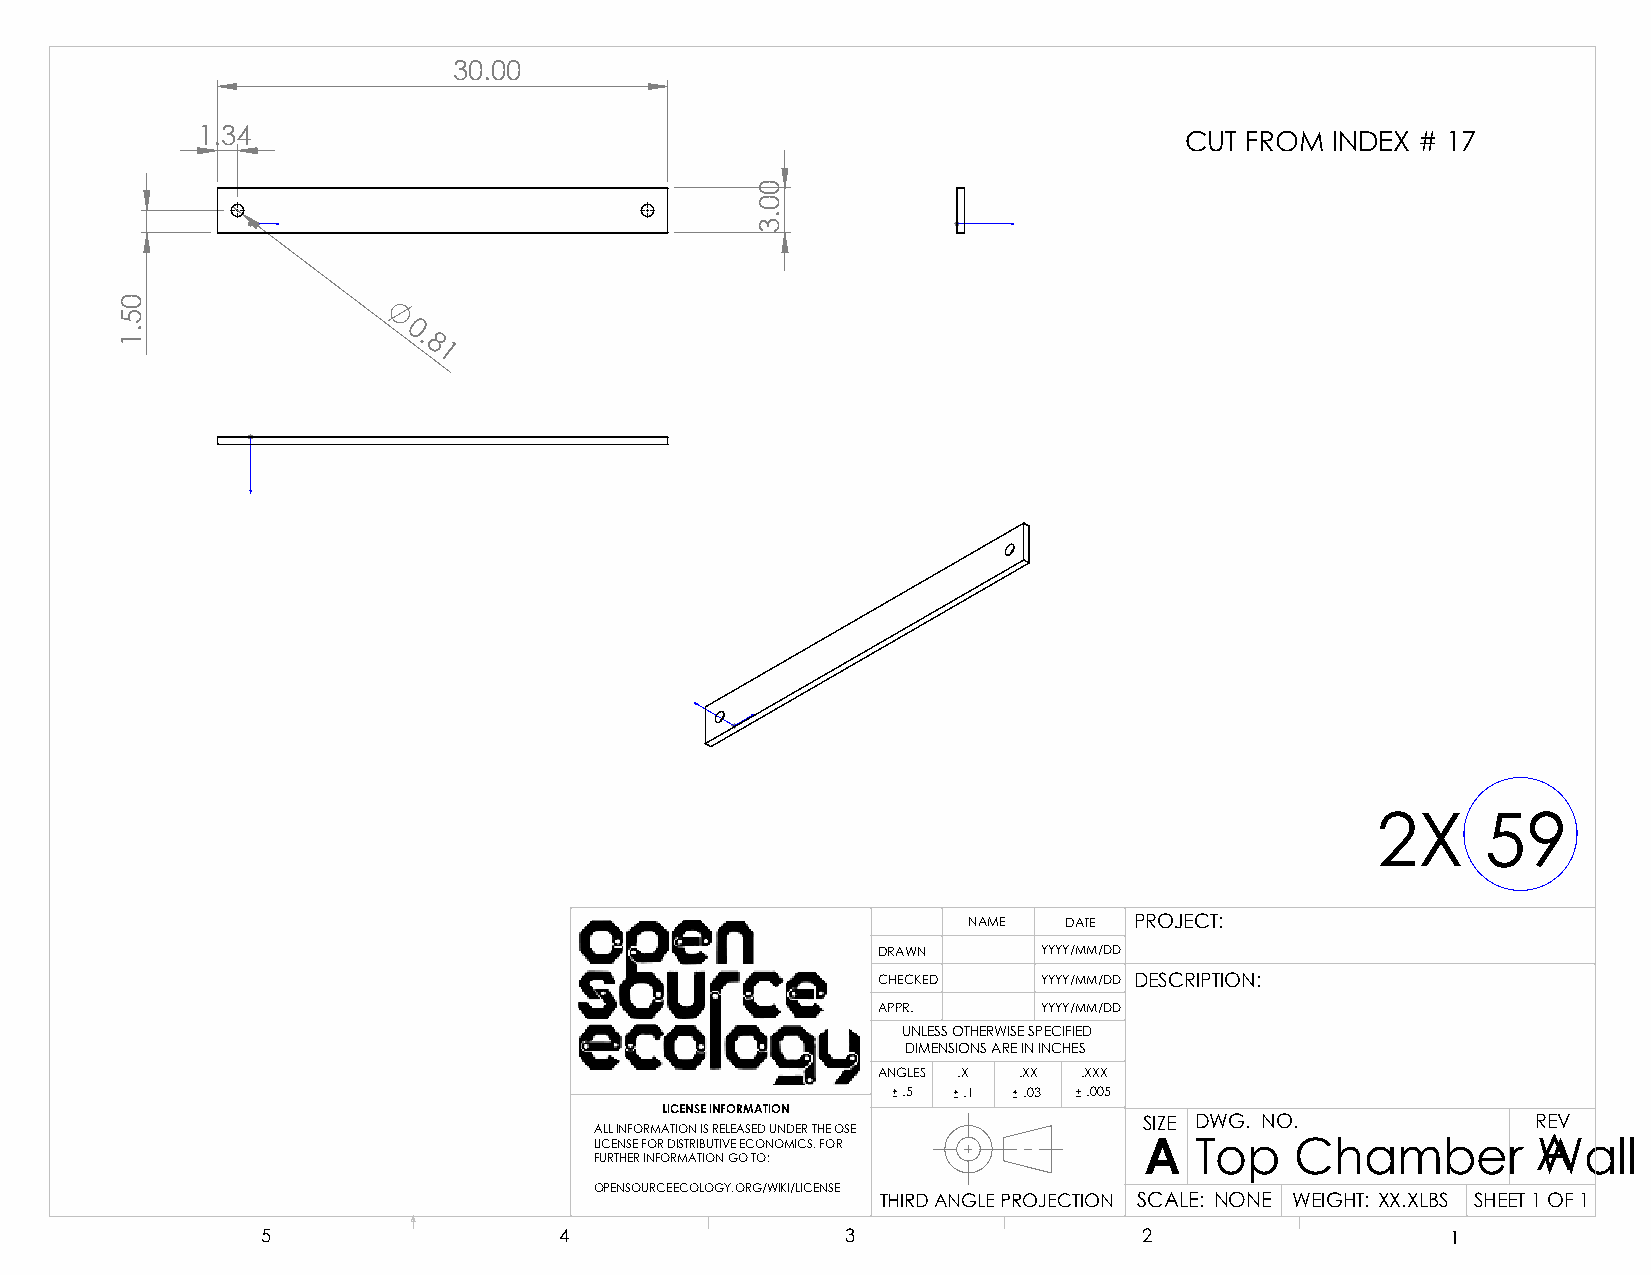
30.00
 1.34                                                             CUT FROM  INDEX # 17
 0.
 8
 1
 2X     59
 NAME  DATE PROJECT:
 DRAWN      YYYY/MM/DD
 CHECKED    YYYY/MM/DD DESCRIPTION:
 APPR.      YYYY/MM/DD
 UNLESS OTHERWISE SPECIFIED
 DIMENSIONS ARE IN INCHES
 ANGLES .X .XX .XXX
 .5  .1  .03 .005
 LICENSE INFORMATION
 SIZE DWG. NO.             REV
 ALL INFORMATION IS RELEASED UNDER THE OSE
 LICENSE FOR DISTRIBUTIVE ECONOMICS. FOR A Top  Chamber         AWall  Support
 FURTHER INFORMATION GO TO:
 OPENSOURCEECOLOGY.ORG/WIKI/LICENSE
 THIRD ANGLE PROJECTION SCALE: NONE WEIGHT: XX.XLBS SHEET 1 OF 1
 5                   4                  3                   2                   1
 05.1
 00.3